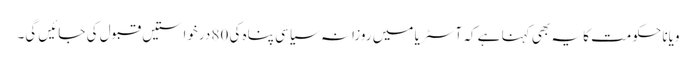
ویانا حکومت کا یہ بھی کہنا ہے کہ آسٹریا میں روزانہ سیاسی پناہ کی 80 درخواستیں قبول کی جائیں گی۔